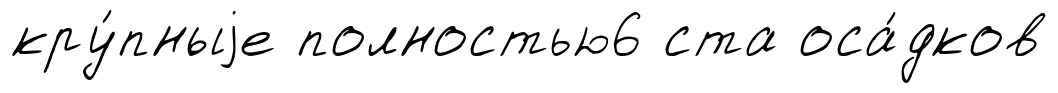
кру́пныjе полностью6 ста оса́дков